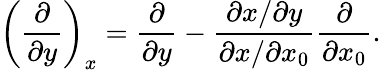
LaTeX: \left(\frac{\partial}{\partial y}\right)_{x}=\frac{\partial}{\partial y}-\frac{\partial x/\partial y}{\partial x/\partial x_{0}}\frac{\partial}{\partial x_{0}}.